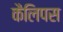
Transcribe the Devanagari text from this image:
कैलिपस